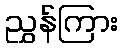
ညွှန်ကြား